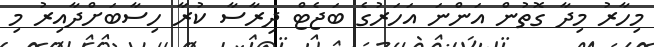
މިހާރު މިދާ ގޮތުން އަންނަ އަހަރުގެ ބަޖެޓް ދިރާސާ ކުރާ ހިސާބަށްދާއިރު މި